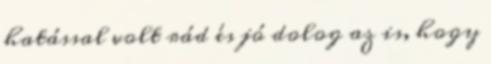
hatással volt rád és jó dolog az is, hogy